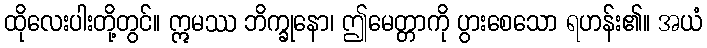
ထိုလေးပါးတို့တွင်။ ဣမဿ ဘိက္ခုနော၊ ဤမေတ္တာကို ပွားစေသော ရဟန်း၏။ အယံ